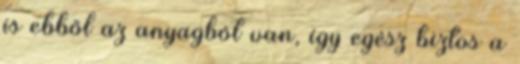
is ebből az anyagból van, így egész biztos a